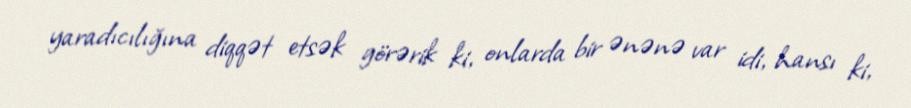
yaradıcılığına diqqət etsək görərik ki, onlarda bir ənənə var idi, hansı ki,